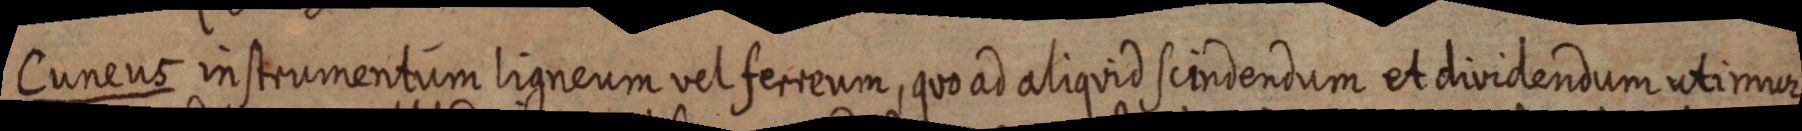
Cuneus instrumentum ligneum vel ferreum, quo ad aliquid scindendum et dividendum utimur